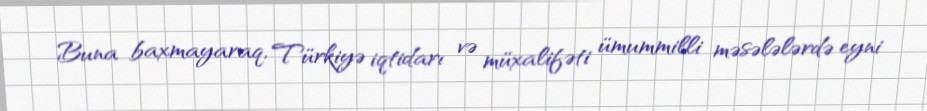
Buna baxmayaraq, Türkiyə iqtidarı və müxalifəti ümummilli məsələlərdə eyni